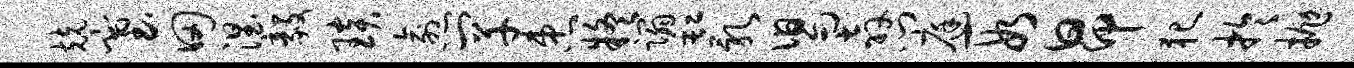
兢塞田涅毅琰愈罕患疑蹋缸乳舄奔门庭段昂犯於抛